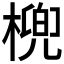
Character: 𣘛